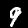
Digit: 9